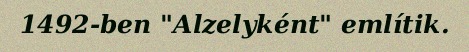
1492-ben "Alzelyként" említik.